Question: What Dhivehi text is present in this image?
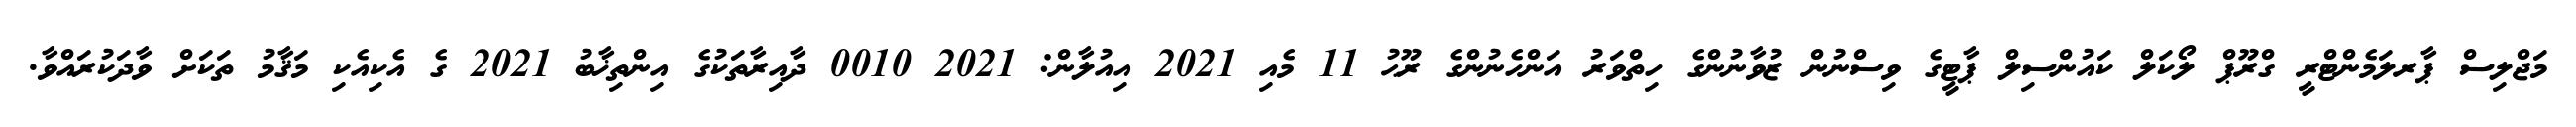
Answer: މަޖްލިސް ޕާރލަމެންޓްރީ ގްރޫޕް ލޯކަލް ކައުންސިލް ޕާޓީގެ ވިސްނުން ޒުވާނުންގެ ހިތްވަރު އަންހެނުންގެ ރޫޙު 11 މެއި 2021 އިއުލާން: 2021 0010 ދާއިރާތަކުގެ އިންތިޚާބު 2021 ގެ އެކިއެކި މަޤާމު ތަކަށް ވާދަކުރައްވާ.